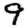
Digit: 9